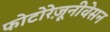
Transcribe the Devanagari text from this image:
फोटोरेज़ूनीवेसन